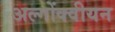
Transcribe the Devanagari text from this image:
अल्गोंक्वीयन